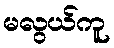
မလွယ်ကူ